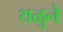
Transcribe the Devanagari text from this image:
थळुने